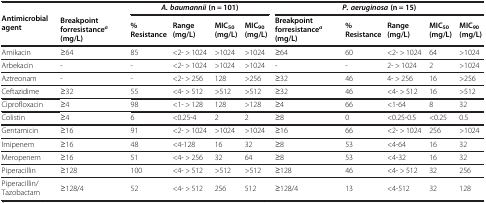
<table><thead><tr><td rowspan="2"><b>Antimicrobial agent</b></td><td><b> </b></td><td colspan="4"><b><i>A. baumannii </i>(n = 101)</b></td><td colspan="5"><b><i>P. aeruginosa </i>(n = 15)</b></td></tr><tr><td><b>Breakpoint forresistance<sup><i>a </i></sup>(mg/L)</b></td><td><b>%Resistance</b></td><td><b>Range(mg/L)</b></td><td><b>MIC<sub>50</sub>(mg/L)</b></td><td><b>MIC<sub>90</sub>(mg/L)</b></td><td><b>Breakpoint forresistance<sup><i>a </i></sup>(mg/L)</b></td><td><b>%Resistance</b></td><td><b>Range(mg/L)</b></td><td><b>MIC<sub>50</sub>(mg/L)</b></td><td><b>MIC<sub>90</sub>(mg/L)</b></td></tr></thead><tbody><tr><td>Amikacin</td><td>≥64</td><td>85</td><td>&lt;2- &gt; 1024</td><td>&gt;1024</td><td>&gt;1024</td><td>≥64</td><td>60</td><td>&lt;2- &gt; 1024</td><td>64</td><td>&gt;1024</td></tr><tr><td>Arbekacin</td><td>-</td><td>-</td><td>&lt;2- &gt; 1024</td><td>&gt;1024</td><td>&gt;1024</td><td>-</td><td>-</td><td>2- &gt; 1024</td><td>2</td><td>&gt;1024</td></tr><tr><td>Aztreonam</td><td>-</td><td>-</td><td>&lt;2- &gt; 256</td><td>128</td><td>&gt;256</td><td>≥32</td><td>46</td><td>4- &gt; 256</td><td>16</td><td>&gt;256</td></tr><tr><td>Ceftazidime</td><td>≥32</td><td>55</td><td>&lt;4- &gt; 512</td><td>&gt;512</td><td>&gt;512</td><td>≥32</td><td>46</td><td>&lt;4- &gt; 512</td><td>16</td><td>&gt;512</td></tr><tr><td>Ciprofloxacin</td><td>≥4</td><td>98</td><td>&lt;1- &gt; 128</td><td>128</td><td>&gt;128</td><td>≥4</td><td>66</td><td>&lt;1-64</td><td>8</td><td>32</td></tr><tr><td>Colistin</td><td>≥4</td><td>6</td><td>&lt;0.25-4</td><td>2</td><td>2</td><td>≥8</td><td>0</td><td>&lt;0.25-0.5</td><td>&lt;0.25</td><td>0.5</td></tr><tr><td>Gentamicin</td><td>≥16</td><td>91</td><td>&lt;2- &gt; 1024</td><td>&gt;1024</td><td>&gt;1024</td><td>≥16</td><td>66</td><td>&lt;2- &gt; 1024</td><td>256</td><td>&gt;1024</td></tr><tr><td>Imipenem</td><td>≥16</td><td>48</td><td>&lt;4-128</td><td>16</td><td>32</td><td>≥8</td><td>53</td><td>&lt;4-64</td><td>16</td><td>32</td></tr><tr><td>Meropenem</td><td>≥16</td><td>51</td><td>&lt;4- &gt; 256</td><td>32</td><td>64</td><td>≥8</td><td>53</td><td>&lt;4-32</td><td>16</td><td>32</td></tr><tr><td>Piperacillin</td><td>≥128</td><td>100</td><td>&lt;4- &gt; 512</td><td>&gt;512</td><td>&gt;512</td><td>≥128</td><td>46</td><td>&lt;4- &gt; 512</td><td>32</td><td>256</td></tr><tr><td>Piperacillin/Tazobactam</td><td>≥128/4</td><td>52</td><td>&lt;4- &gt; 512</td><td>256</td><td>512</td><td>≥128/4</td><td>13</td><td>&lt;4-512</td><td>32</td><td>128</td></tr></tbody></table>